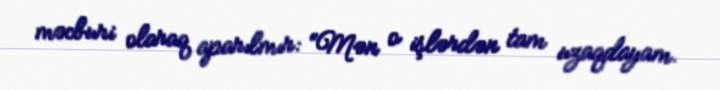
məcburi olaraq aparılmır: “Mən o işlərdən tam uzaqdayam.